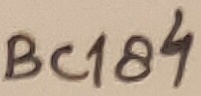
Text: BC184